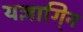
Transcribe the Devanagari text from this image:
यज्ञागि्न